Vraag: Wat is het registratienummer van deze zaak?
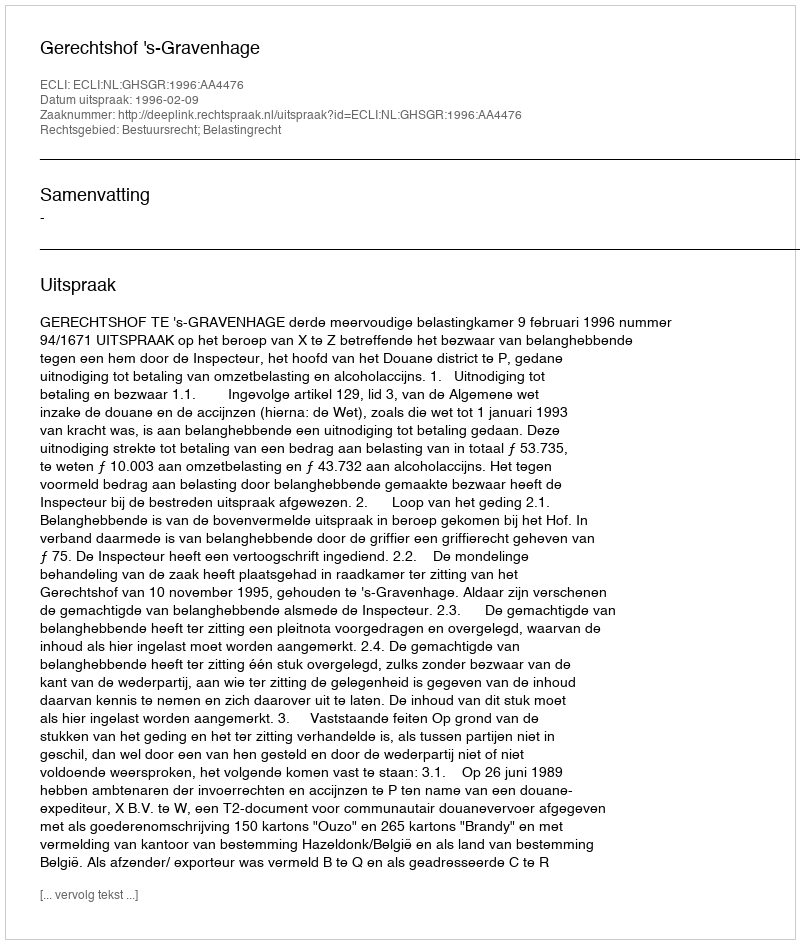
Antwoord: http://deeplink.rechtspraak.nl/uitspraak?id=ECLI:NL:GHSGR:1996:AA4476